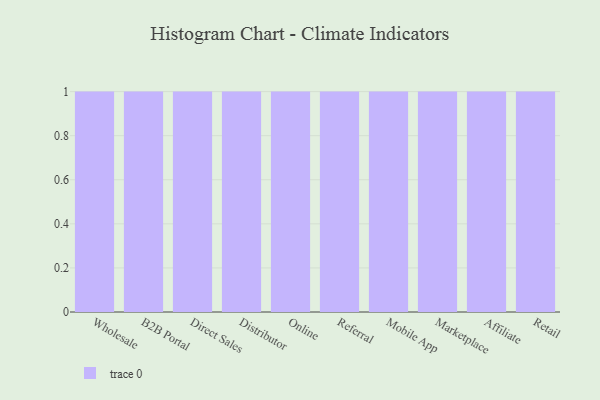
{"axis": {"x": "Channel", "y": "Active Users"}, "legend": [""], "data": [{"x": "Wholesale", "y": 98, "type": ""}, {"x": "B2B Portal", "y": 54, "type": ""}, {"x": "Direct Sales", "y": 38, "type": ""}, {"x": "Distributor", "y": 56, "type": ""}, {"x": "Online", "y": 17, "type": ""}, {"x": "Referral", "y": 47, "type": ""}, {"x": "Mobile App", "y": 31, "type": ""}, {"x": "Marketplace", "y": 1, "type": ""}, {"x": "Affiliate", "y": 90, "type": ""}, {"x": "Retail", "y": 30, "type": ""}]}